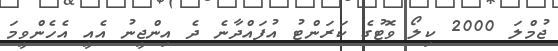
ޖުމްލަ 2000 ކިލޯ ވޮޓުގެ ކަރަންޓު އުފައްދާނެ ދެ އިންޖީނު އެއީ އެހެންވީމަ